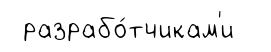
разрабо́тчикам'и